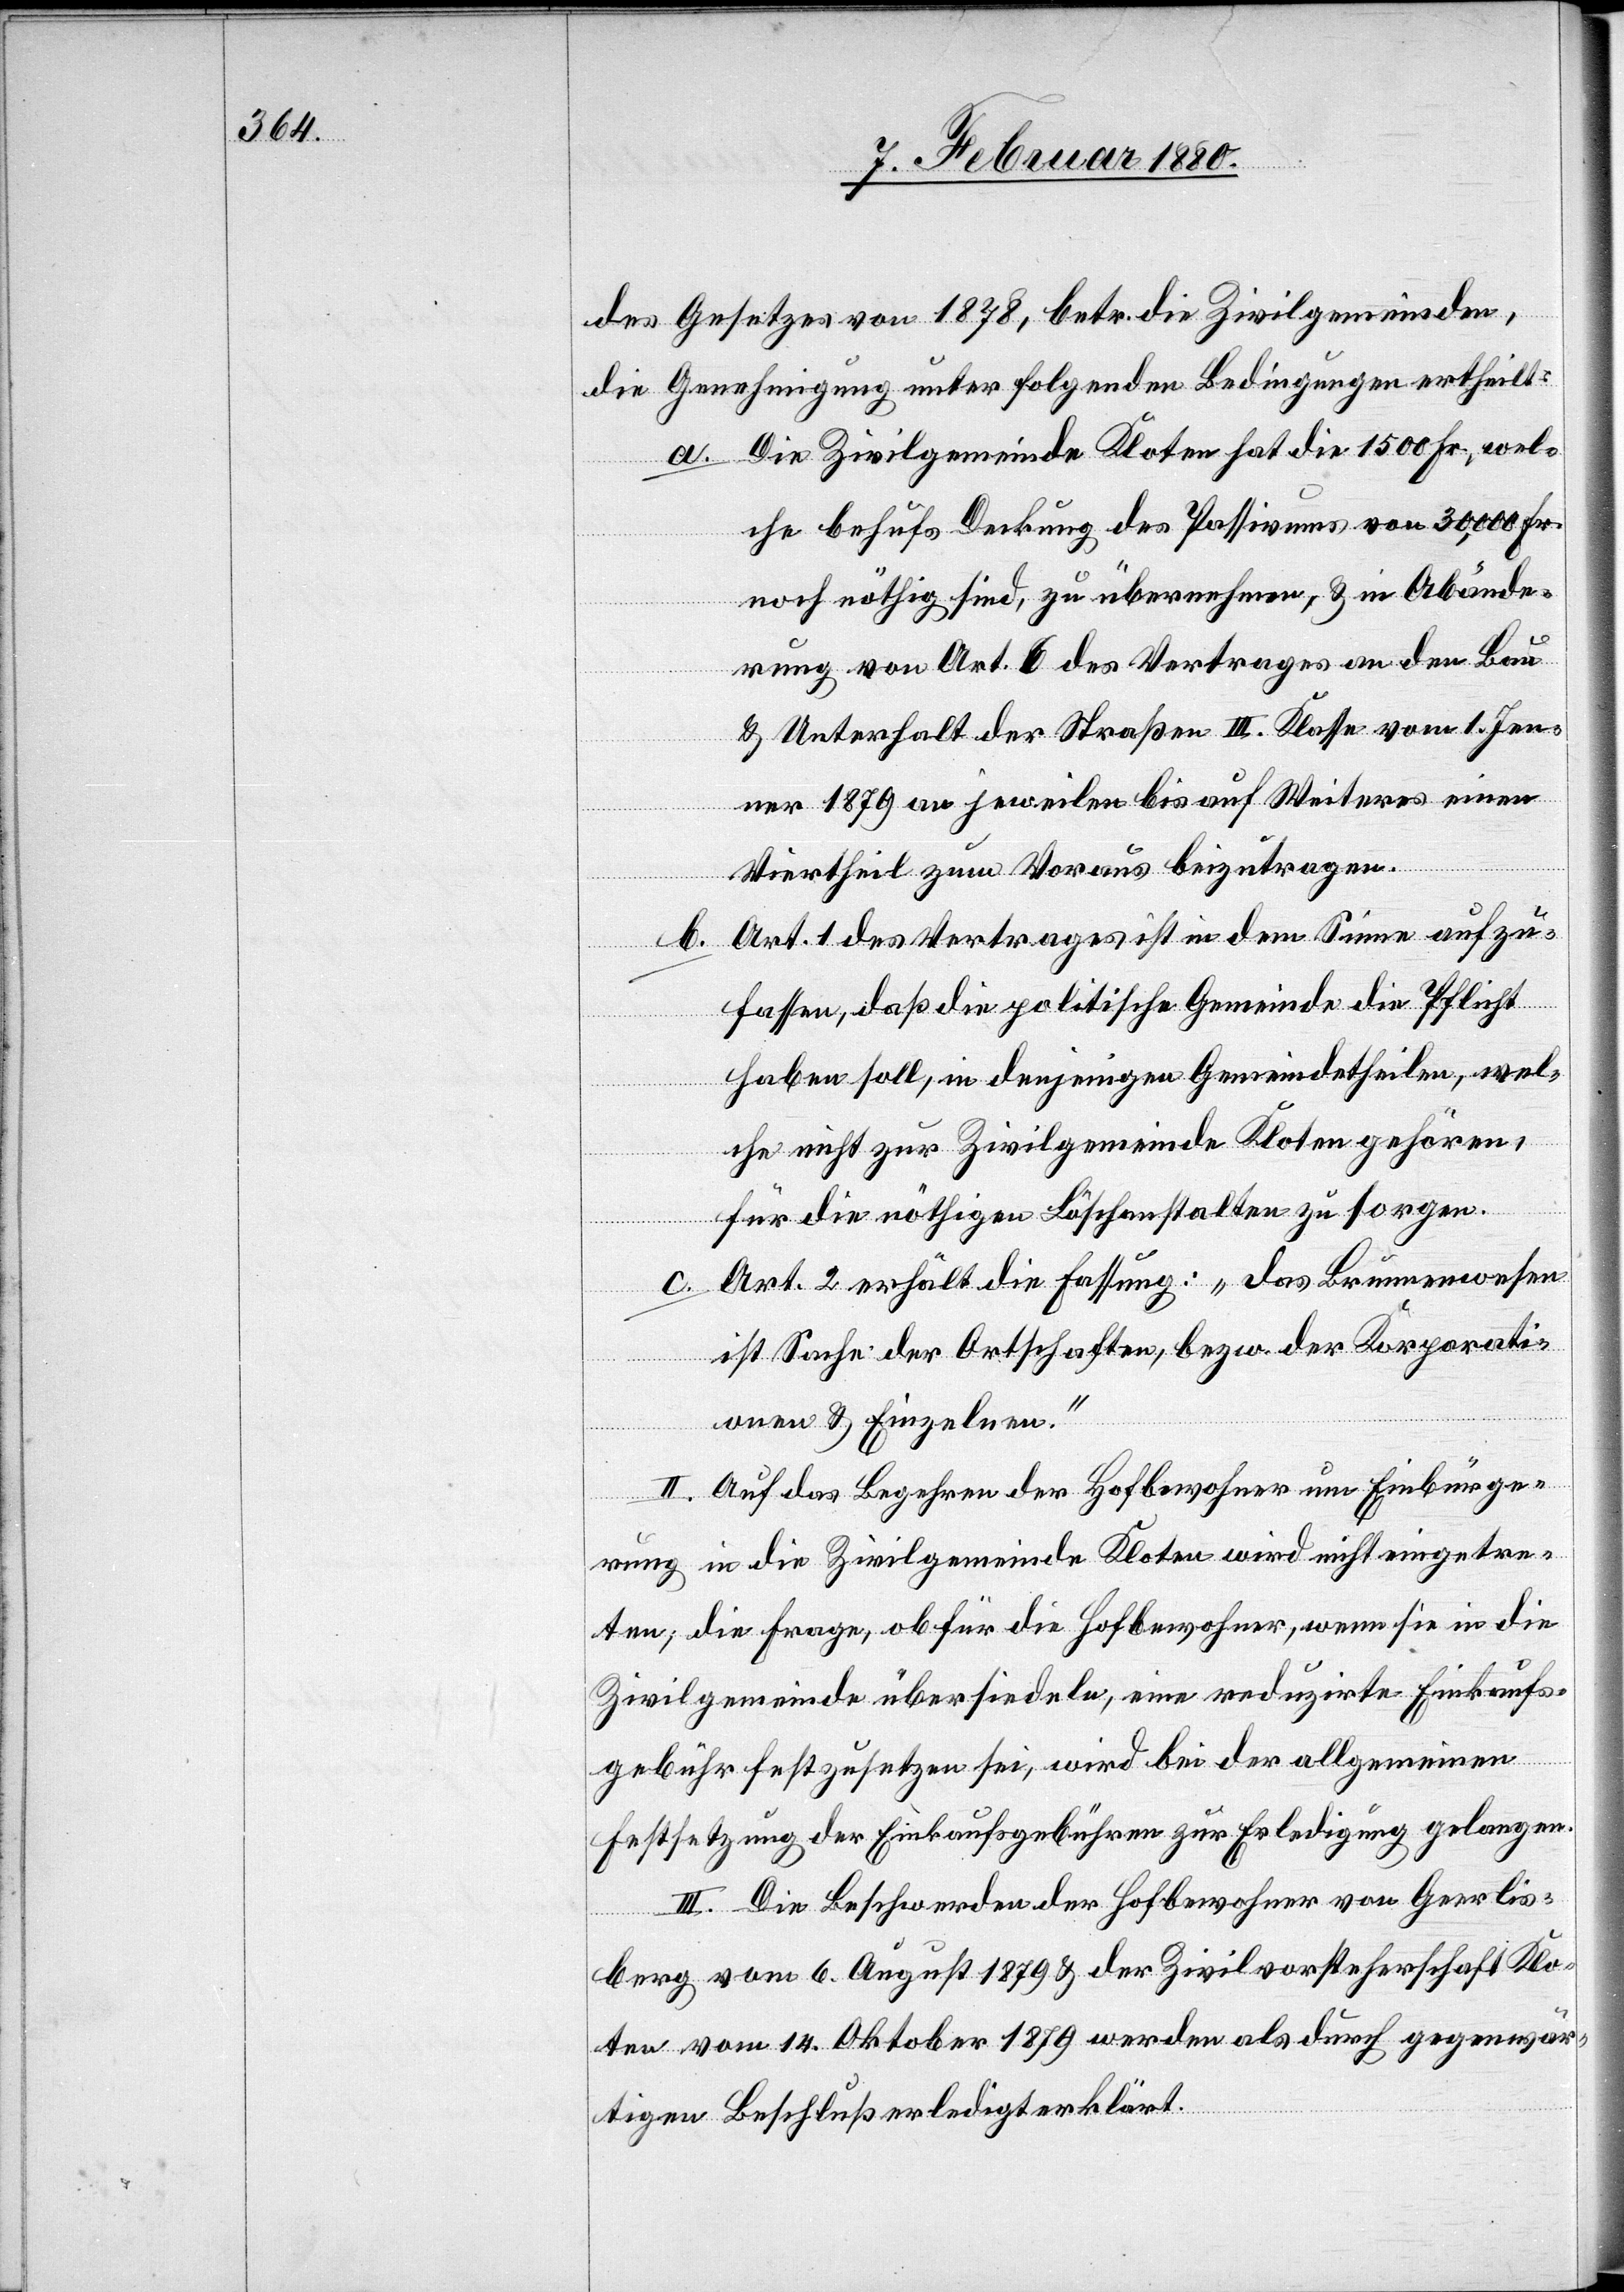
des Gesetzes von 1878, betr. die Zivilgemeinden,
die Genehmigung unter folgenden Bedingungen ertheilt:
a. Die Zivilgemeinde Kloten hat die 1500 Fr., wel¬
che behufs Deckung des Passivums von 30 000 Fr.
noch nöthig sind, zu übernehmen, & in Abände¬
rung von Art. 6 des Vertrages an den Bau
& Unterhalt der Straßen III. Klasse vom 1. Jen¬
ner 1879 an jeweilen bis auf Weiteres einen
Viertheil zum Voraus beizutragen.
b. Art. 1 des Vertrages ist in dem Sinne aufzu¬
fassen, daß die politische Gemeinde die Pflicht
haben soll, in denjenigen Gemeindetheilen, wel¬
che nicht zur Zivilgemeinde Kloten gehören,
für die nöthigen Löschanstalten zu sorgen.
c.
Art. 2 erhält die Fassung: „das Brunnenwesen
ist Sache der Ortschaften, bezw. der Korporati¬
onen & Einzelnen.“
II. Auf das Begehren der Hofbewohner um Einbürge¬
rung in die Zivilgemeinde Kloten wird nicht eingetre¬
ten; die Frage, ob für die Hofbewohner, wenn sie in die
Zivilgemeinde übersiedeln, eine reduzirte Einkaufs¬
gebühr festzusetzen sei, wird bei der allgemeinen
Festsetzung der Einkaufsgebühren zur Erledigung gelangen.
III. Die Beschwerde der Hofbewohner von Geerlis¬
berg vom 6. August 1879 & der Zivilvorsteherschaft Klo¬
ten vom 14. Oktober 1879 werden als durch gegenwär¬
tigen Beschluß erledigt erklärt.